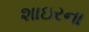
શાઇરના